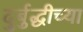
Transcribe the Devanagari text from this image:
दुर्बुद्धीच्या